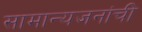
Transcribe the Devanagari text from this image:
सामान्यजनांची